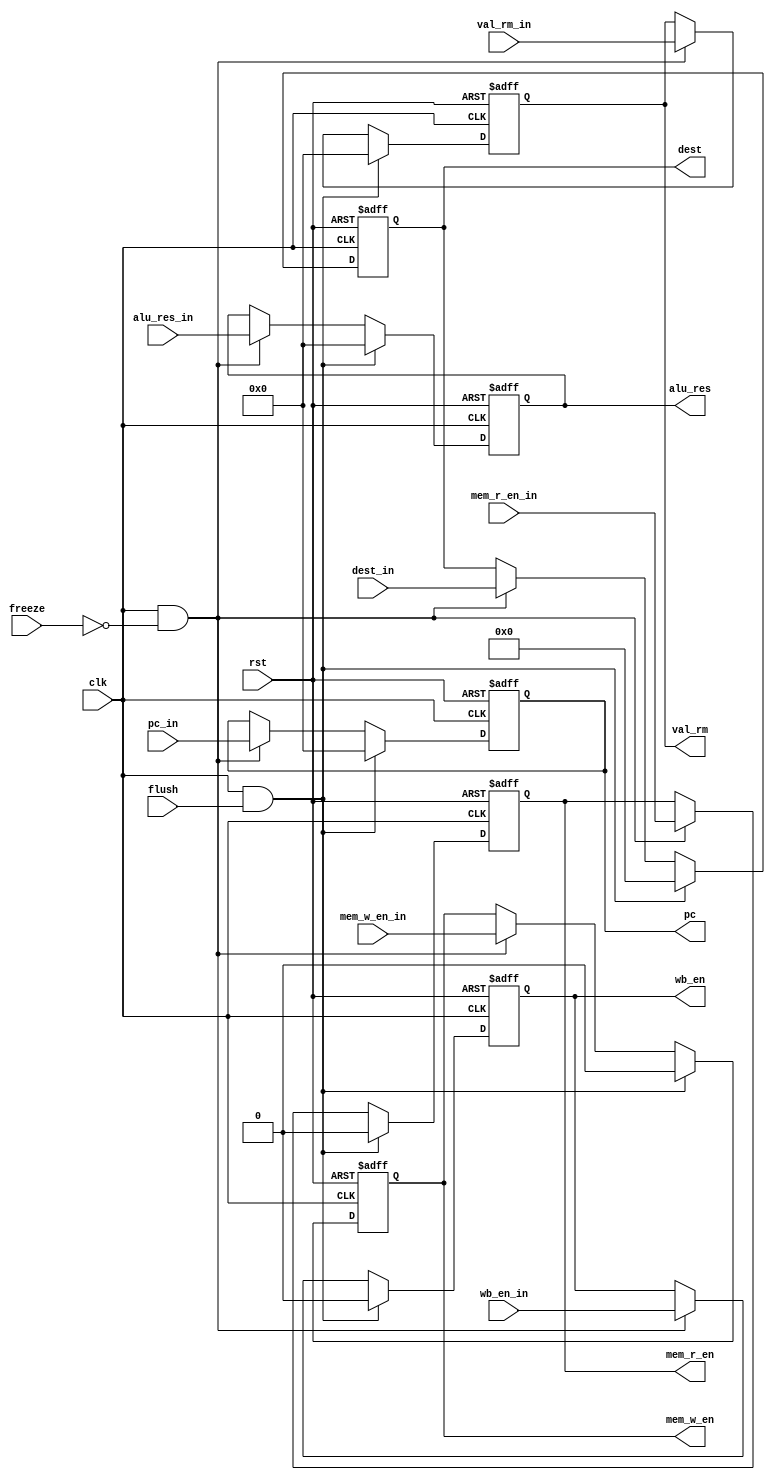
module EXE_Stage_Reg (
    input clk, rst, flush, freeze,
    input [31:0] pc_in, 
    input wb_en_in, mem_r_en_in, mem_w_en_in,
    input [31:0] alu_res_in,
    input [31:0] val_rm_in,
    input [3:0] dest_in,

    output reg [31:0] pc,
    output reg wb_en, mem_r_en, mem_w_en,
    output reg [31:0] alu_res,
    output reg [31:0] val_rm,
    output reg [3:0] dest
    
);
    always @(posedge clk, posedge rst) begin
        if (rst) 
        begin
            pc <= 32'b0;
            wb_en <= 1'b0;
            mem_r_en <= 1'b0;
            mem_w_en <= 1'b0;
            alu_res <= 32'b0;
            val_rm <= 32'b0;
            dest <= 4'b0;
        end
        else if (clk && flush)
        begin
            pc <= 32'b0;
            wb_en <= 1'b0;
            mem_r_en <= 1'b0;
            mem_w_en <= 1'b0;
            alu_res <= 32'b0;
            val_rm <= 32'b0;
            dest <= 4'b0;
        end
        else if (clk && ~freeze)
        begin
            pc <= pc_in;
            wb_en <= wb_en_in;
            mem_r_en <= mem_r_en_in;
            mem_w_en <= mem_w_en_in;
            alu_res <= alu_res_in;
            val_rm <= val_rm_in;
            dest <= dest_in;
        end 
        else
        begin
            pc <= pc;
            wb_en <= wb_en;
            mem_r_en <= mem_r_en;
            mem_w_en <= mem_w_en;
            alu_res <= alu_res;
            val_rm <= val_rm;
            dest <= dest;
        end
    end
endmodule